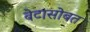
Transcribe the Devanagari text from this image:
बेटासोबत